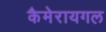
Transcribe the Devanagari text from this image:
कैमेरायगल